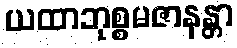
ယထာဘုစ္စမဇာနန္တာ